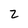
Character: 2